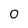
Character: 0